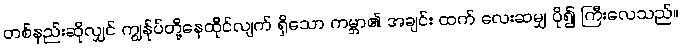
တစ်နည်းဆိုလျှင် ကျွန်ုပ်တို့နေထိုင်လျက် ရှိသော ကမ္ဘာ၏ အချင်း ထက် လေးဆမျှ ပို၍ ကြီးလေသည်။